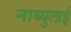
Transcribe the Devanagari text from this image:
नाब्युलाई